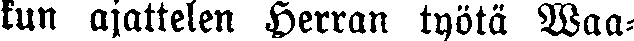
kun ajattelen Herran työtä Waa-